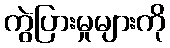
ကွဲပြားမှုများကို